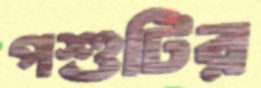
পশুটির